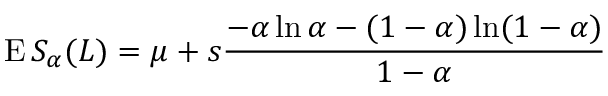
\operatorname { E } S _ { \alpha } ( L ) = \mu + s { \frac { - \alpha \ln \alpha - ( 1 - \alpha ) \ln ( 1 - \alpha ) } { 1 - \alpha } }